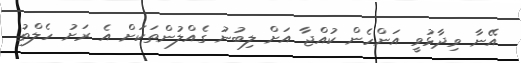
އޭނާ ވިދާޅުވީ އަންހެން ކުއްޖާ އަށް ލިބުނު ގެއްލުންތަކަށް އެ ރަށު ހެލްތު